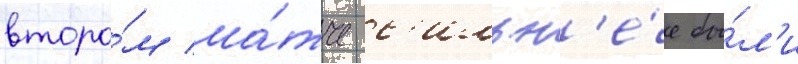
второ́м ма́тче с'ильн'е́е бы́л'и